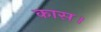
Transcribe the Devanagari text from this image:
कास।